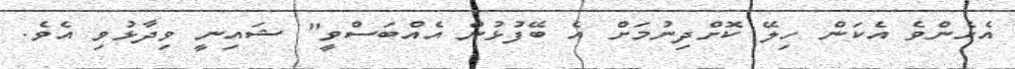
އެހެންވެ އެކަން ހިލޭ ކޮށްދިނުމަށް އެ ބޭފުޅުން އެއްބަސްވީ" ޝައިނީ ވިދާޅުވި އެވެ.